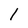
Character: l